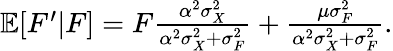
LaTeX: \begin{array}{r}{\mathbb{E}[F^{\prime}|F]=F\frac{\alpha^{2}\sigma_{X}^{2}}{\alpha^{2}\sigma_{X}^{2}+\sigma_{F}^{2}}+\frac{\mu\sigma_{F}^{2}}{\alpha^{2}\sigma_{X}^{2}+\sigma_{F}^{2}}.}\end{array}